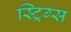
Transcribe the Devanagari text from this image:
स्ट्रिग्स